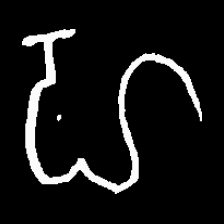
Pyu character \u2014 Myanmar letter: ဟ (romanized: ha)